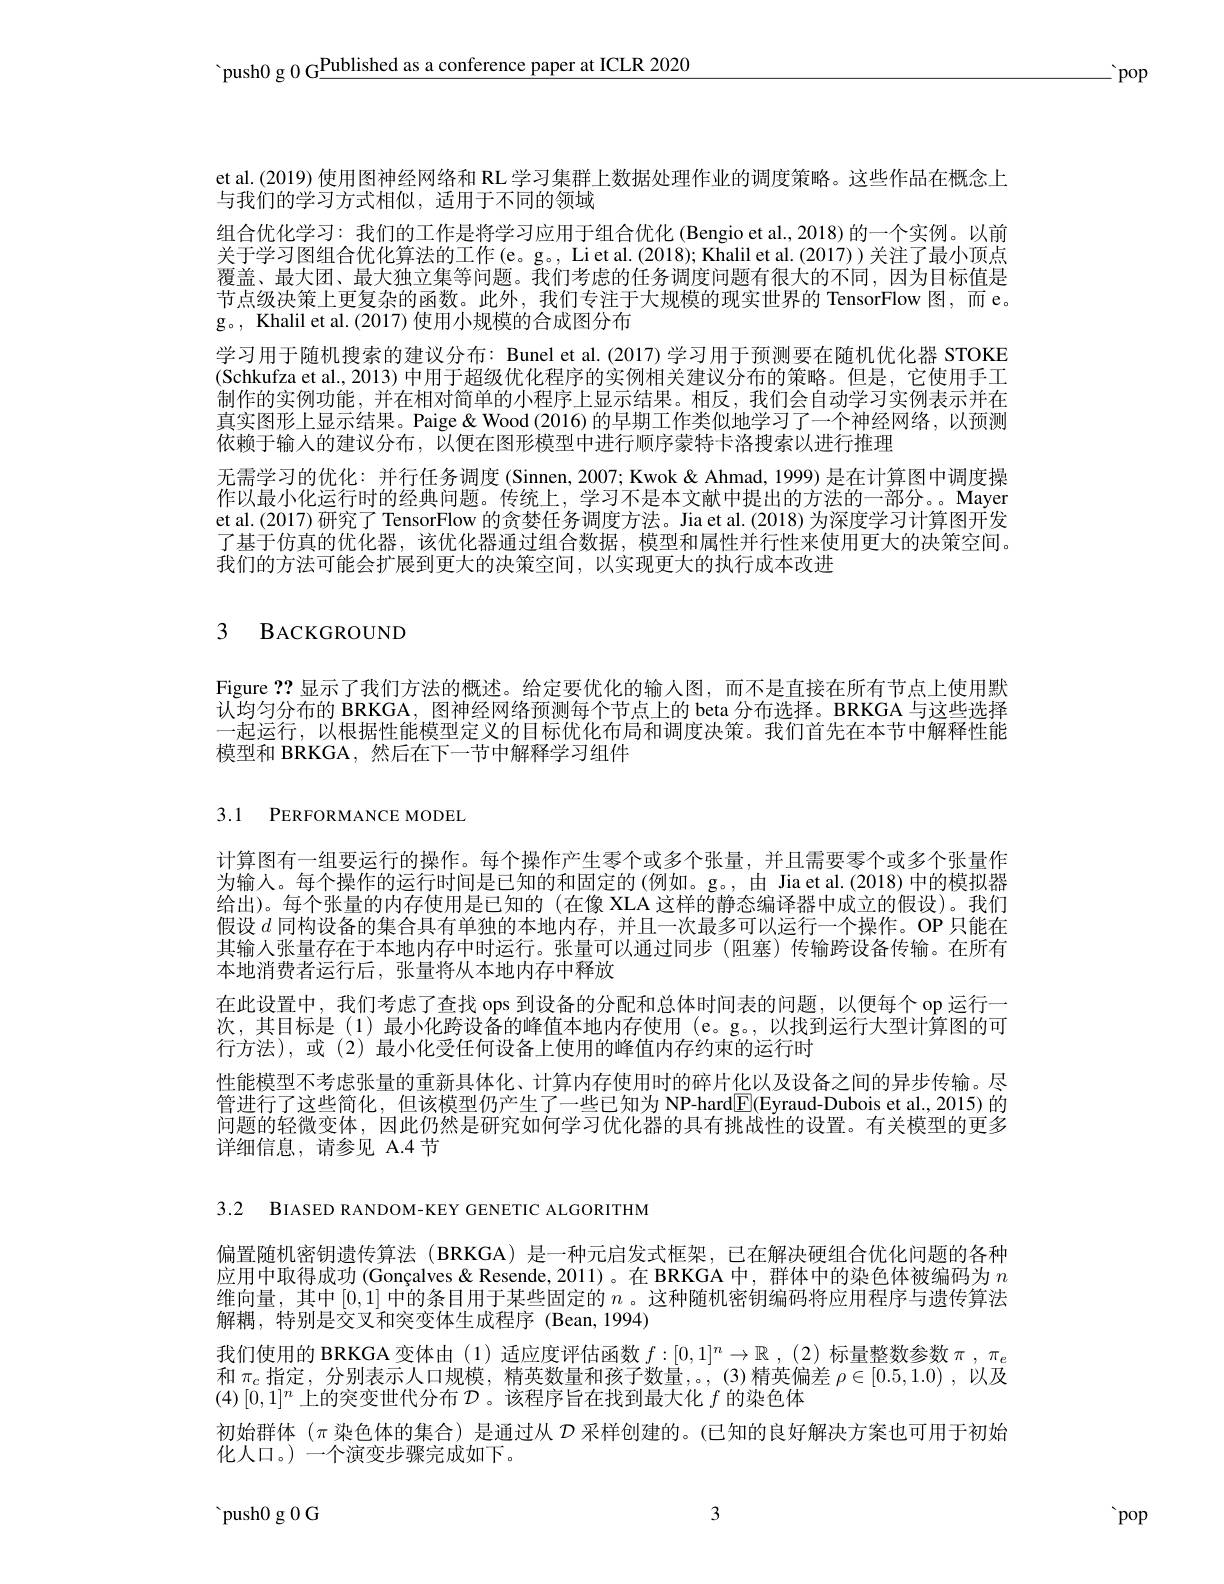
'push0 g 0 G$\underline\text{Published as a conference paper at ICLR 2020}$

$\therefore$pop

et al.(2019) 使用图神经网络和 RL 学习集群上数据处理作业的调度策略。这些作品在概念上
与我们的学习方式相似，适用于不同的领域
组合优化学习：我们的工作是将学习应用于组合优化 (Bengio et al.,2018) 的一个实例。以前关于学习图组合优化算法的工作(e。g。, Li et al. (2018); Khalil et al. (2017)) 关注了最小顶点覆盖、最大团、最大独立集等问题。我们考虑的任务调度问题有很大的不同，因为目标值是节点级决策上更复杂的函数。此外，我们专注于大规模的现实世界的 TensorFlow 图，而 e。g。, Khalil et al. (2017) 使用小规模的合成图分布
学习用于随机搜索的建议分布：Bunel et al.(2017) 学习用于预测要在随机优化器 STOKE (Schkufza et al., 2013) 中用于超级优化程序的实例相关建议分布的策略。但是，它使用手工制作的实例功能，并在相对简单的小程序上显示结果。相反，我们会自动学习实例表示并在真实图形上显示结果。Paige& Wood (2016) 的早期工作类似地学习了一个神经网络，以预测依赖于输人的建议分布，以便在图形模型中进行顺序蒙特卡洛搜索以进行推理
无需学习的优化：并行任务调度 (Sinnen, 2007; Kwok & Ahmad, 1999) 是在计算图中调度操作以最小化运行时的经典问题。传统上，学习不是本文献中提出的方法的一部分。。Mayer et al.(2017) 研究了 TensorFlow 的贪婪任务调度方法。Jia et al.(2018) 为深度学习计算图开发了基于仿真的优化器，该优化器通过组合数据，模型和属性并行性来使用更大的决策空间。我们的方法可能会扩展到更大的决策空间，以实现更大的执行成本改进

# 3 BACKGROUND

Figure ??显示了我们方法的概述。给定要优化的输人图，而不是直接在所有节点上使用默认均匀分布的 BRKGA, 图神经网络预测每个节点上的 beta 分布选择。BRKGA 与这些选择一起运行，以根据性能模型定义的目标优化布局和调度决策。我们首先在本节中解释性能模型和 BRKGA,然后在下一节中解释学习组件

3.1 PERFORMANCE MODEL

计算图有一组要运行的操作。每个操作产生零个或多个张量，并且需要零个或多个张量作为输人。每个操作的运行时间是已知的和固定的(例如。g。,由 Jia et al.(2018)中的模拟器给出)。每个张量的内存使用是已知的(在像 XLA 这样的静态编译器中成立的假设)。我们假设$d$同构设备的集合具有单独的本地内存，并且一次最多可以运行一个操作。OP 只能在其输人张量存在于本地内存中时运行。张量可以通过同步 (阻塞)传输跨设备传输。在所有本地消费者运行后，张量将从本地内存中释放
在此设置中，我们考虑了查找 ops 到设备的分配和总体时间表的问题，以便每个 op 运行一次 , 其 目 标 是 ( 1) 最 小 化 跨 设 备 的 峰 值 本 地 内 存 使 用 ( e。g。, 以 找 到 运 行 大 型 计 算 图 的 可 行 于 对 ( 2) 或 ( 2) 行方法),或(2)最小化受任何设备上使用的峰值内存约束的运行时
性能模型不考虑张量的重新具体化、计算内存使用时的碎片化以及设备之间的异步传输。尽管进行了这些简化，但该模型仍产生了一些已知为 NP-hard$\underline{\mathrm{E}}($Eyraud-Dubois et al.,2015) 的问题的轻微变体，因此仍然是研究如何学习优化器的具有挑战性的设置。有关模型的更多详细信息，请参见 A.4节

3.2 BIASED RANDOM-KEY GENETIC ALGORITHM

偏置随机密钥遗传算法 (BRKGA)是一种元启发式框架，已在解决硬组合优化问题的各种应用中取得成功 (Gonçalves & Resende, 2011)。在 BRKGA 中，群体中的染色体被编码为$n$ 维向量，其中[0,1] 中的条目用于某些固定的 $n$ 。这种随机密钥编码将应用程序与遗传算法解耦，特别是交叉和突变体生成程序(Bean,1994)
我们使用的 BRKGA 变体由 (1) 适应度评估函数$f:[0,1]^n\to\mathbb{R}$ ,(2) 标量整数参数$\pi,\pi_e$ 和$\pi_{c}$指定，分别表示人口规模，精英数量和孩子数量，。,(3)精英偏差$\rho\in[0.5,1.0)$ ,以及$(4)\left[0,1\right]^n$上的突变世代分布$\mathcal{D}$。该程序旨在找到最大化$f$的染色体
初始群体$(\pi$染色体的集合)是通过从$\mathcal{D}$采样创建的。(已知的良好解决方案也可用于初始
化人口。) 一个演变步骤完成如下。

3

${\mathrm{~push}0\mathrm{~g~0~G}}$

 pop